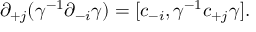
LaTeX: \partial _ { + j } ( \gamma ^ { - 1 } \partial _ { - i } \gamma ) = [ c _ { - i } , \gamma ^ { - 1 } c _ { + j } \gamma ] .